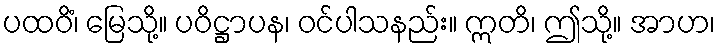
ပထဝိံ၊ မြေသို့။ ပဝိဋ္ဌာပန၊ ဝင်ပါသနည်း။ ဣတိ၊ ဤသို့။ အာဟ၊